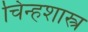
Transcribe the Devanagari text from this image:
चिन्हशास्त्र